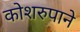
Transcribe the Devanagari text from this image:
कोशरुपाने